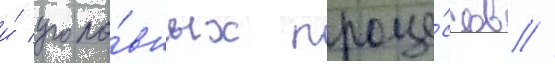
и́ уголо́вных проце́ссов //